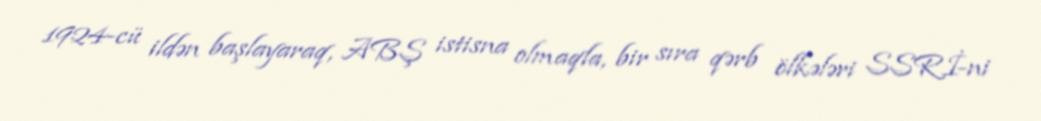
1924-cü ildən başlayaraq, ABŞ istisna olmaqla, bir sıra qərb ölkələri SSRİ-ni